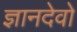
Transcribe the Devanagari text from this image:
ज्ञानदेवो